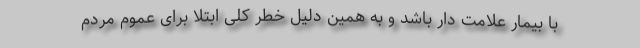
با بیمار علامت دار باشد و به همین دلیل خطر کلی ابتلا برای عموم مردم